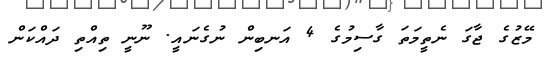
މޭޒުގެ ޖާގަ ނެތީމަތަ ގާސިމުގެ 4 އަނބިން ނުގެނައީ. ނޫނީ ތިއްތި ދައްކަން